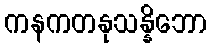
ကနကတနုသန္နိဘော